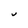
Character: U